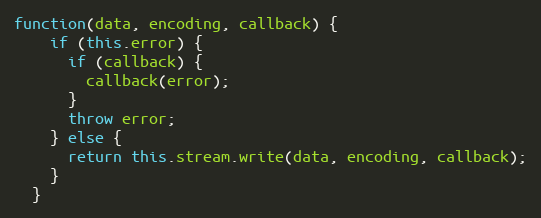
Language: JavaScript
function(data, encoding, callback) {
    if (this.error) {
      if (callback) {
        callback(error);
      }
      throw error;
    } else {
      return this.stream.write(data, encoding, callback);
    }
  }